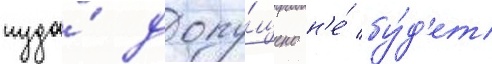
туда́ допу́щено н'е́ бу́д'ет